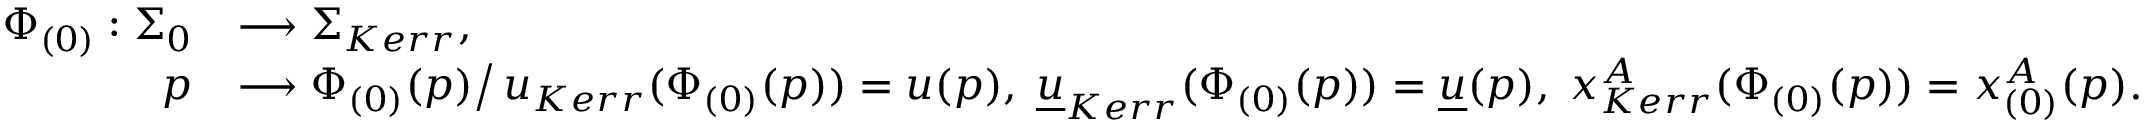
\begin{array} { r l } { \Phi _ { ( 0 ) } : \Sigma _ { 0 } } & { \longrightarrow \Sigma _ { K e r r } , } \\ { p } & { \longrightarrow \Phi _ { ( 0 ) } ( p ) \big / \, u _ { K e r r } ( \Phi _ { ( 0 ) } ( p ) ) = u ( p ) , \; { \underline { { u } } } _ { K e r r } ( \Phi _ { ( 0 ) } ( p ) ) = { \underline { { u } } } ( p ) , \; x _ { K e r r } ^ { A } ( \Phi _ { ( 0 ) } ( p ) ) = x _ { ( 0 ) } ^ { A } ( p ) . } \end{array}